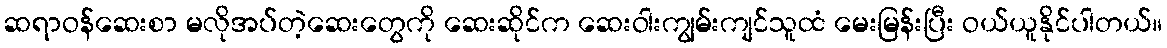
ဆရာဝန်ဆေးစာ မလိုအပ်တဲ့ဆေးတွေကို ဆေးဆိုင်က ဆေးဝါးကျွမ်းကျင်သူထံ မေးမြန်းပြီး ဝယ်ယူနိုင်ပါတယ်။